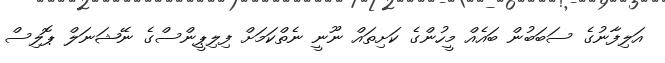
އަލިފާނުގެ ސަބަބުން ބައެއް މީހުންގެ ކަށިތައް ނޫނީ ނެތްކަމަށް ފިލިޕީންސްގެ ނޭޝަނަލް ޕޮލިސް